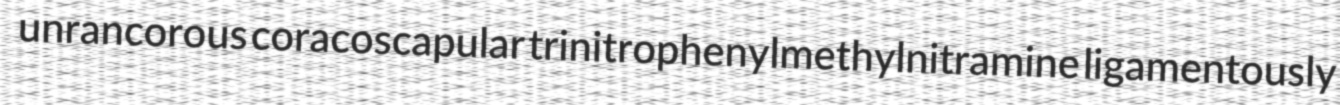
unrancorous coracoscapular trinitrophenylmethylnitramine ligamentously